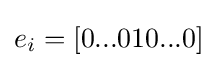
e_{i}=[0...010...0]